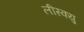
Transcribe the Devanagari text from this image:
लीस्क्यु